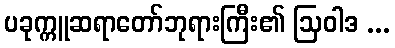
ပခုက္ကူဆရာတော်ဘုရားကြီး၏ ဩဝါဒ ...